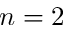
n = 2